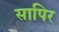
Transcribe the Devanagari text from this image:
सापिर